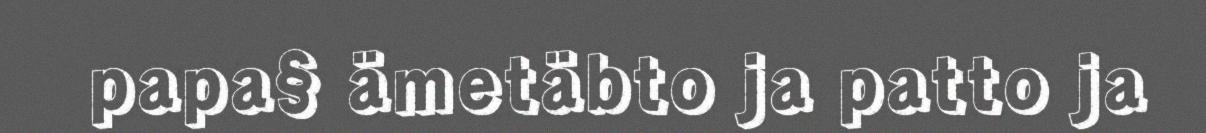
papa§ ämetäbto ja patto ja